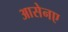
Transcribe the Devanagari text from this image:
आसेनए